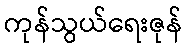
ကုန်သွယ်ရေးဇုန်